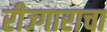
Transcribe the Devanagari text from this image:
रीज्गाराचा